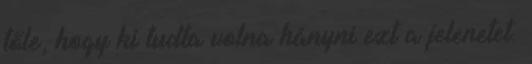
tőle, hogy ki tudta volna hányni ezt a jelenetet.